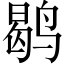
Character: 鹖